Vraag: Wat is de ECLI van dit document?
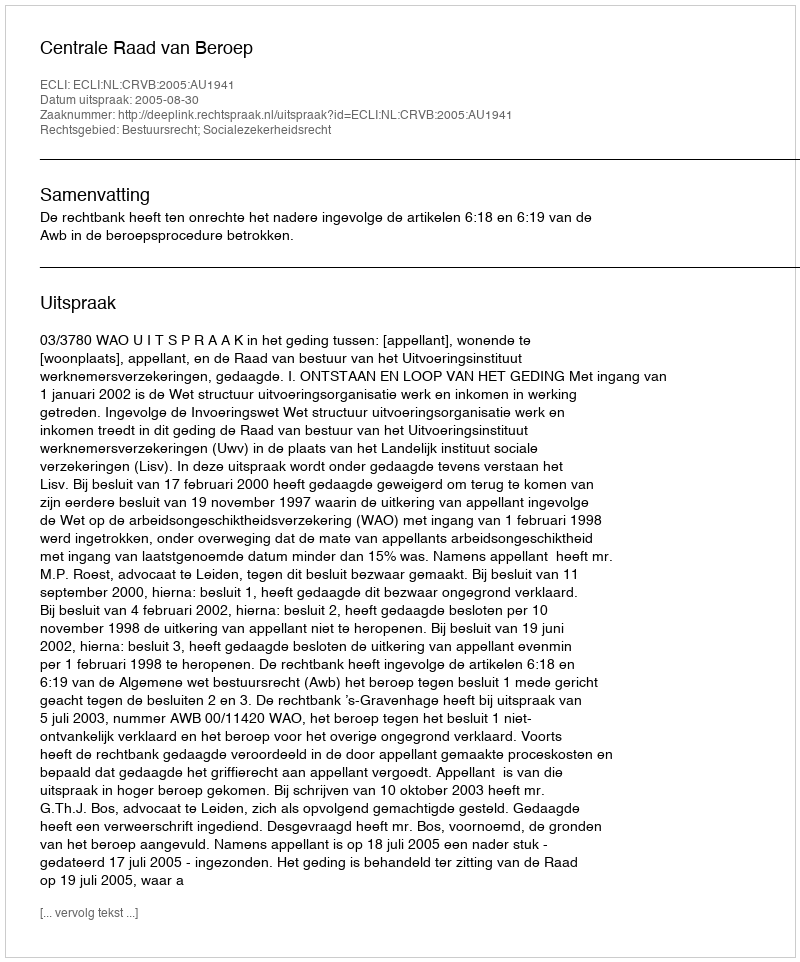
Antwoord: ECLI:NL:CRVB:2005:AU1941